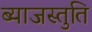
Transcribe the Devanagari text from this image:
ब्याजस्तुति